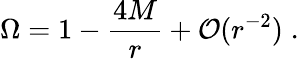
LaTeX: \Omega=1-\frac{4M}{r}+{\cal O}(r^{-2})\; .